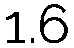
1.6